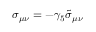
\sigma _ { \mu \nu } = - \gamma _ { 5 } \tilde { \sigma } _ { \mu \nu }